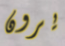
يرون